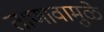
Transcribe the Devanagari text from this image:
ताणावामुळे